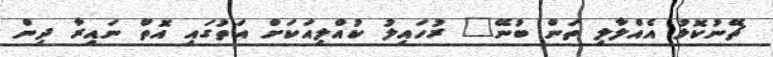
ޗޭނުކޮޅު އެއްލާލި ތަން ބުނޭ" ރުހައިލު ކުއްލިއަކަށް އަތުގައި އޮތް ނައިރާ ދިން